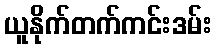
ယူနိုက်တက်ကင်းဒမ်း